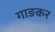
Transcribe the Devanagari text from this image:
गाङकर